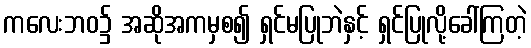
ကလေးဘဝ၌ အဆိုအကမှစ၍ ရှင်မပြုဘဲနှင့် ရှင်ပြုလို့ခေါ်ကြတဲ့